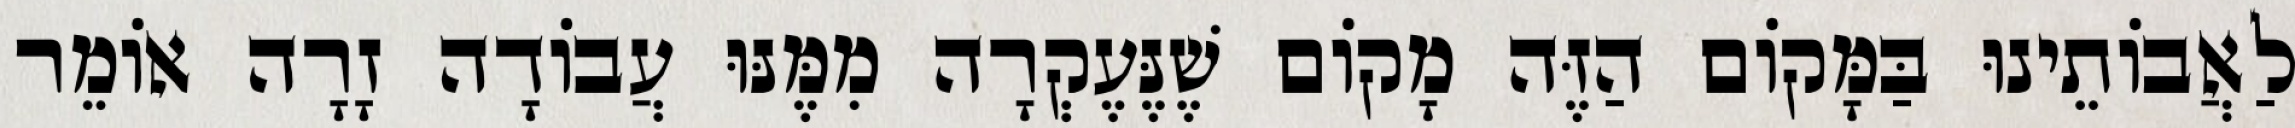
לַאֲבוֹתֵינוּ בַּמָּקוֹם הַזֶּה מָקוֹם שֶׁנֶּעֶקְרָה מִמֶּנּוּ עֲבוֹדָה זָרָה אוֹמֵר